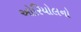
ઓરિયોલનો